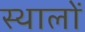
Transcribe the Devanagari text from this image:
स्थालों